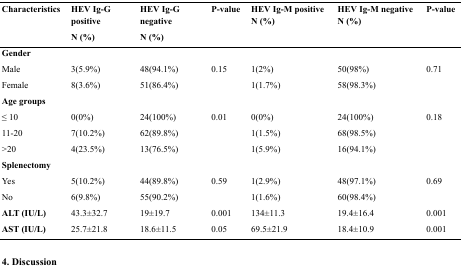
| <ROWSPAN=2> Characteristics | HEV Ig-G positive N (%) | HEV Ig-G negative N (%) | P-value | HEV Ig-M positive N (%) | HEV Ig-M negative N (%) | P-value |
 | --- | --- | --- | --- | --- | --- | --- |
 | Gender |  |  |  |  |  |  |
 | Male | 3(5.9%) | 48(94.1%) | 0.15 | 1(2%) | 50(98%) | 0.71 |
 | Female | 8(3.6%) | 51(86.4%) |  | 1(1.7%) | 58(98.3%) |  |
 | Age groups |  |  |  |  |  |  |
 | ≤ 10 | 0(0%) | 24(100%) | 0.01 | 0(0%) | 24(100%) | 0.18 |
 | 20-Nov | 7(10.2%) | 62(89.8%) |  | 1(1.5%) | 68(98.5%) |  |
 | >20 | 4(23.5%) | 13(76.5%) |  | 1(5.9%) | 16(94.1%) |  |
 | Splenectomy |  |  |  |  |  |  |
 | Yes | 5(10.2%) | 44(89.8%) | 0.59 | 1(2.9%) | 48(97.1%) | 0.69 |
 | No | 6(9.8%) | 55(90.2%) |  | 1(1.6%) | 60(98.4%) |  |
 | ALT (IU/L) | 43.3±32.7 | 19±19.7 | 0.001 | 134±11.3 | 19.4±16.4 | 0.001 |
 | AST (IU/L) | 25.7±21.8 | 18.6±11.5 | 0.05 | 69.5±21.9 | 18.4±10.9 | 0.001 |